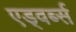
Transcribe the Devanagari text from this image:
एड्वर्ब्स